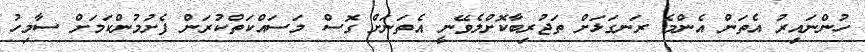
ހުންނައިރު އެތަން އެންމެ ރަނގަޅަށް ތަޖުރިބާކޮށްލެވޭނީ އެތަނަށް ގޮސް މަސައްކަތްކުރަން ފެށުމުންކަމަށް ސާމިހު